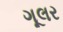
ગૂલર